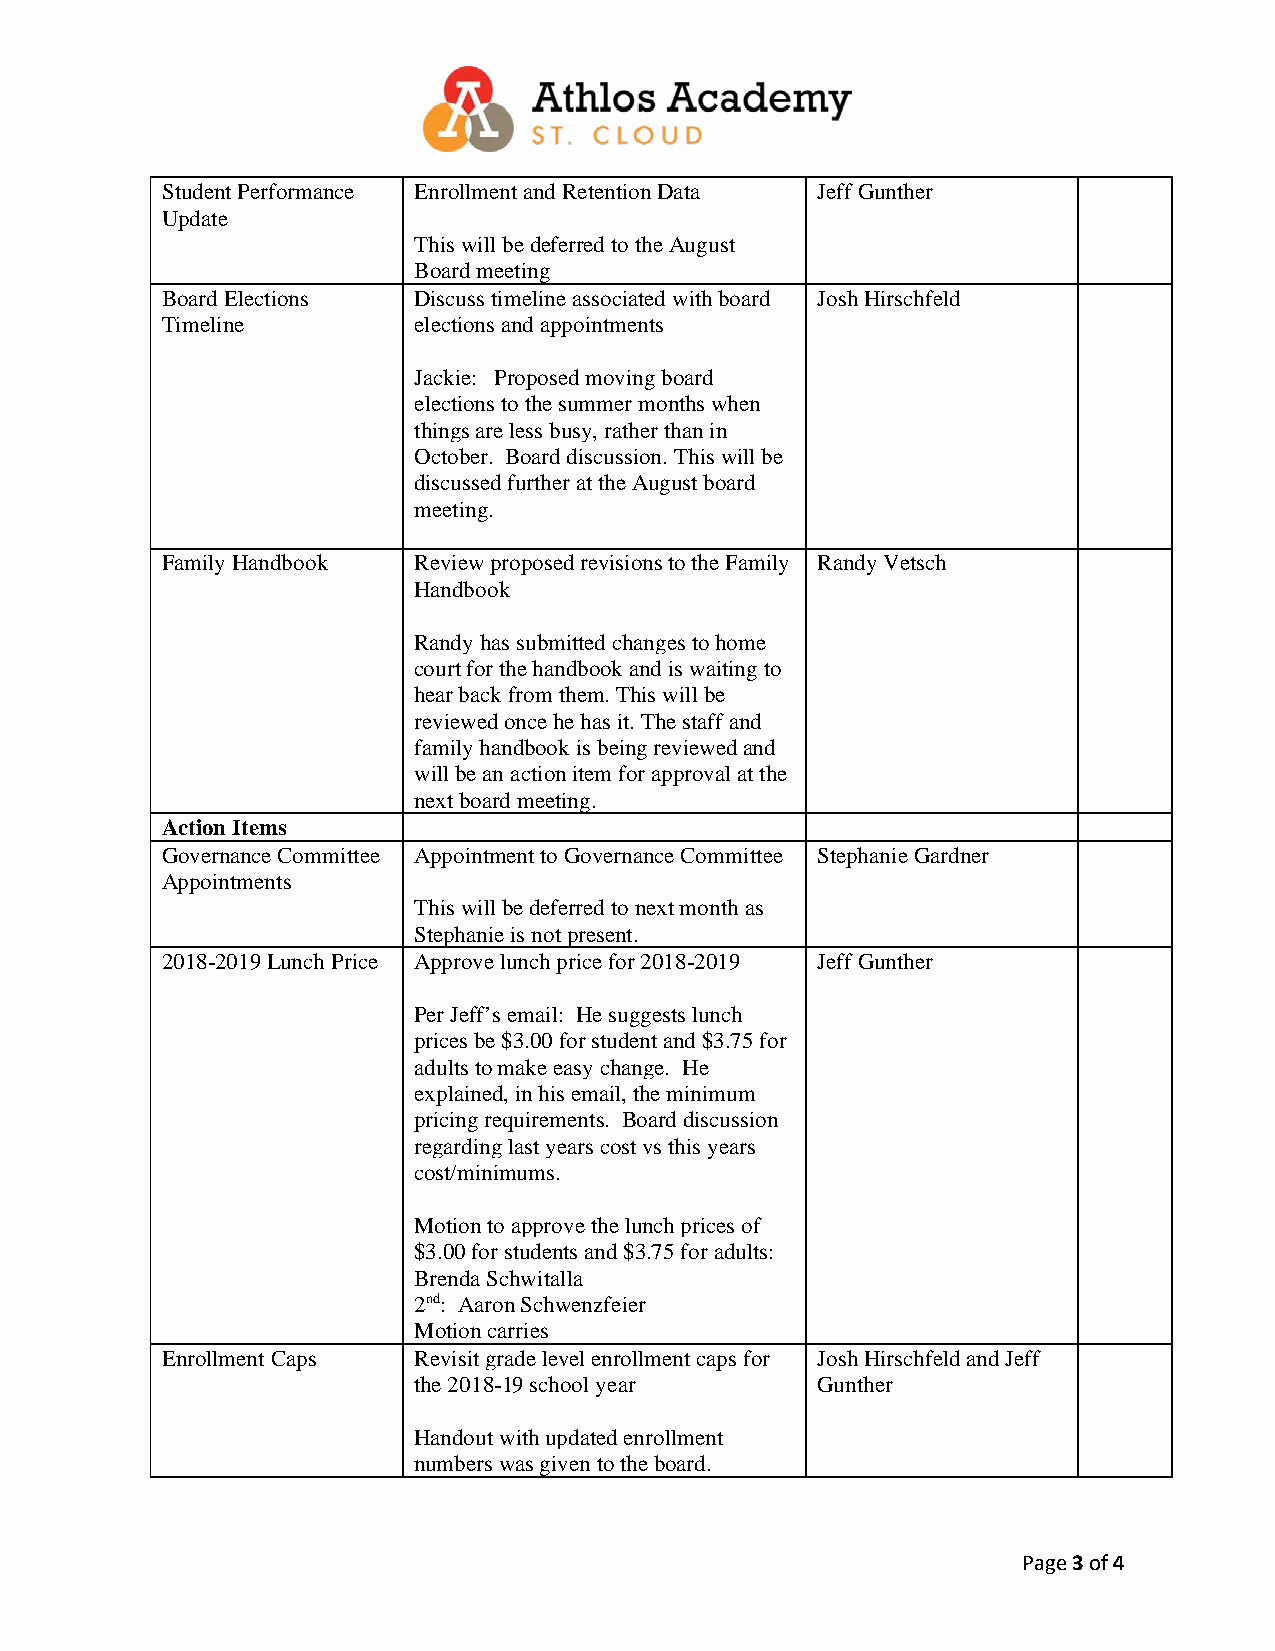
Student Performance Enrollment and Retention Data Jeff Gunther
 Update
 This will be deferred to the August
 Board meeting
 Board Elections Discuss timeline associated with board Josh Hirschfeld
 Timeline        elections and appointments
 Jackie: Proposed moving board
 elections to the summer months when
 things are less busy, rather than in
 October. Board discussion. This will be
 discussed further at the August board
 meeting.
 Family Handbook Review proposed revisions to the Family Randy Vetsch
 Handbook
 Randy has submitted changes to home
 court for the handbook and is waiting to
 hear back from them. This will be
 reviewed once he has it. The staff and
 family handbook is being reviewed and
 will be an action item for approval at the
 next board meeting.
 Action Items
 Governance Committee Appointment to Governance Committee Stephanie Gardner
 Appointments
 This will be deferred to next month as
 Stephanie is not present.
 2018-2019 Lunch Price Approve lunch price for 2018-2019 Jeff Gunther
 Per Jeff’s email: He suggests lunch
 prices be $3.00 for student and $3.75 for
 adults to make easy change. He
 explained, in his email, the minimum
 pricing requirements. Board discussion
 regarding last years cost vs this years
 cost/minimums.
 Motion to approve the lunch prices of
 $3.00 for students and $3.75 for adults:
 Brenda Schwitalla
 2nd: Aaron Schwenzfeier
 Motion carries
 Enrollment Caps Revisit grade level enrollment caps for Josh Hirschfeld and Jeff
 the 2018-19 school year    Gunther
 Handout with updated enrollment
 numbers was given to the board.
 Page 3 of 4